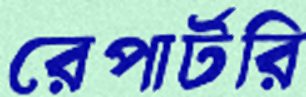
রেপার্টরি